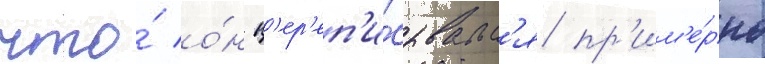
что́ о́н п'ер'еп'и́сывалс'я пр'им'е́рно